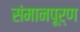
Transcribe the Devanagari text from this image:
संमानपूर्ण